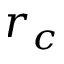
r _ { c }